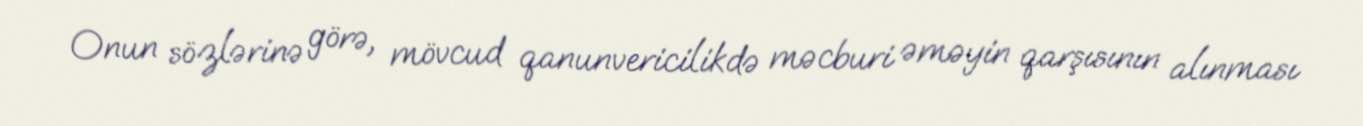
Onun sözlərinə görə, mövcud qanunvericilikdə məcburi əməyin qarşısının alınması